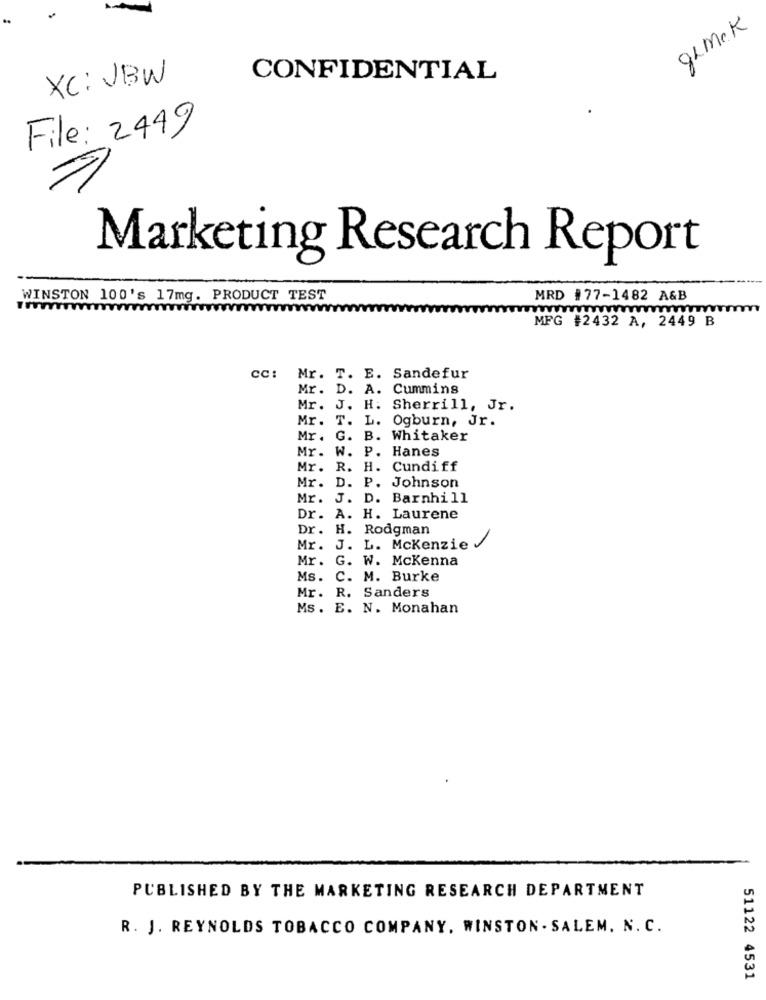
gemak
XC: VBW
CONFIDENTIAL
File: 2449
Marketing Research Report
WINSTON 100's 17mg. PRODUCT TEST
MRD #77-1482 A&B
MFG #2432 A, 2449 B
CC: Mr. T. E. Sandefur
Mr. D. A. Cummins
Mr. J. H. Sherrill, Jr.
Mr. T. L. Ogburn, Jr.
Mr. G. B. Whitaker
Mr. W. P. Hanes
Mr.
R. H. Cundiff
D. P. Johnson
Mr.
Mr. J. D. Barnhill
Dr. A. H. Laurene
Dr.
H. Rodgman
Mr.
J. L. Mckenzie
Mr .
G. W. Mckenna
Ms.
C. M. Burke
Mr. R. Sanders
Ms. E. N. Monahan
PUBLISHED BY THE MARKETING RESEARCH DEPARTMENT
R. J. REYNOLDS TOBACCO COMPANY, WINSTON - SALEM. N. C.
51122 4531